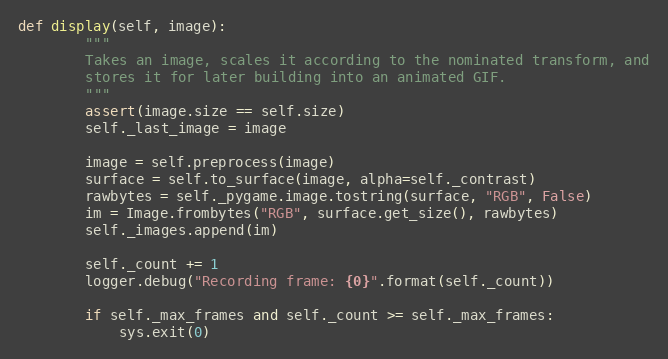
Language: Python
def display(self, image):
        """
        Takes an image, scales it according to the nominated transform, and
        stores it for later building into an animated GIF.
        """
        assert(image.size == self.size)
        self._last_image = image

        image = self.preprocess(image)
        surface = self.to_surface(image, alpha=self._contrast)
        rawbytes = self._pygame.image.tostring(surface, "RGB", False)
        im = Image.frombytes("RGB", surface.get_size(), rawbytes)
        self._images.append(im)

        self._count += 1
        logger.debug("Recording frame: {0}".format(self._count))

        if self._max_frames and self._count >= self._max_frames:
            sys.exit(0)